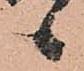
候